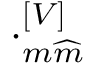
\cdot _ { m \widehat { m } } ^ { \left[ V \right] }